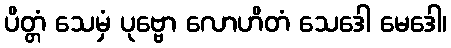
ပိတ္တံ သေမှံ ပုဗ္ဗော လောဟိတံ သေဒေါ မေဒေါ၊